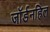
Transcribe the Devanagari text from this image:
जॉर्डनहिल